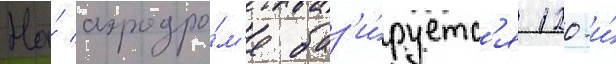
На́ аэродро́м'е баз'и́руетс'я 120-и́